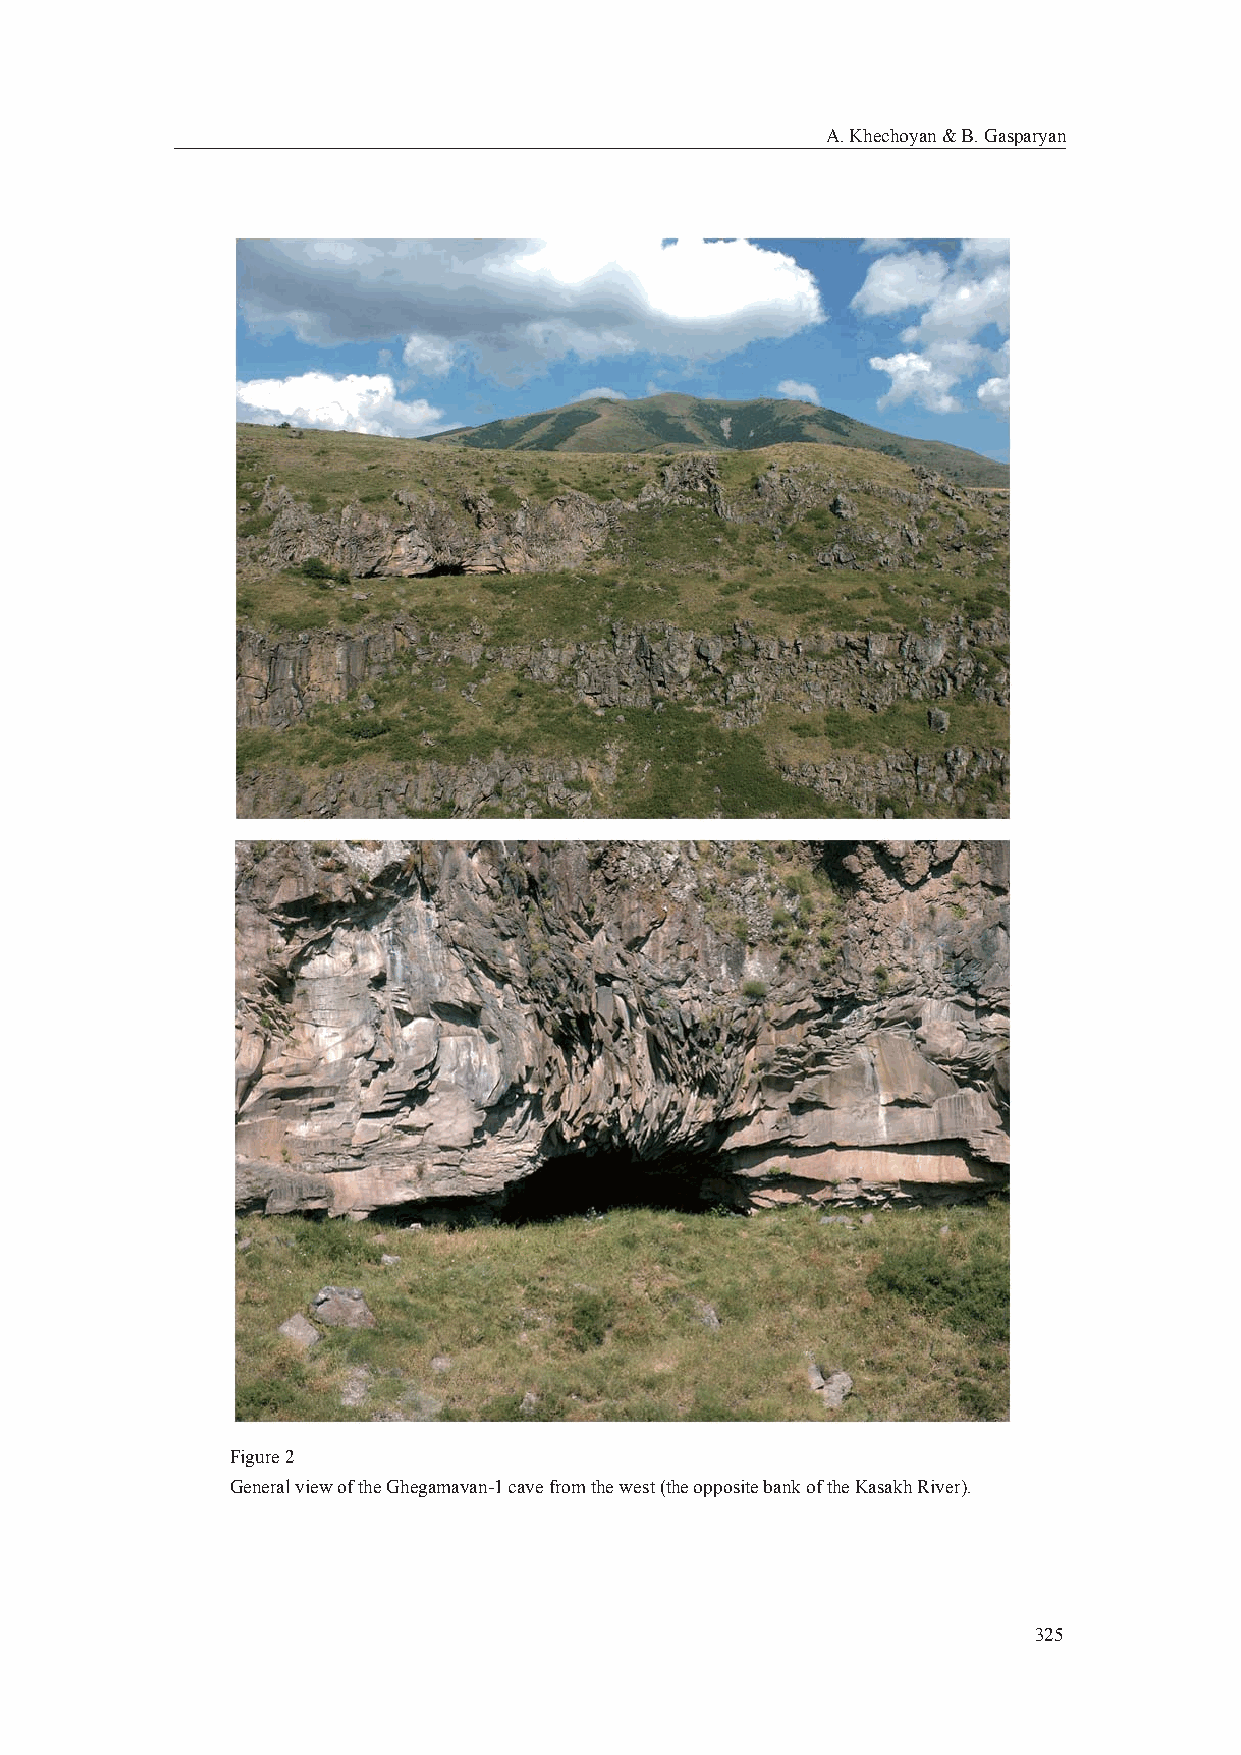
A. Khechoyan & B. Gasparyan
 Figure 2
 General view of the Ghegamavan-1 cave from the west (the opposite bank of the Kasakh River).
 325